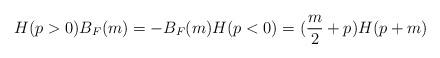
LaTeX: \begin{align*}H(p>0)B_F(m) = -B_F(m)H(p<0) = (\frac{m}{2} +p)H(p+m)\end{align*}